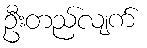
ဦးတည်လျက်